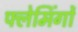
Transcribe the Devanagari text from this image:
फ्लेमिंगों